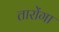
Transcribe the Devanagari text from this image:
तारोंगा